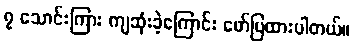
၇ သောင်းကြား ကျဆုံးခဲ့ကြောင်း ဖော်ပြထားပါတယ်။